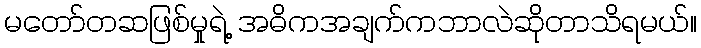
မတော်တဆဖြစ်မှုရဲ့ အဓိကအချက်ကဘာလဲဆိုတာသိရမယ်။